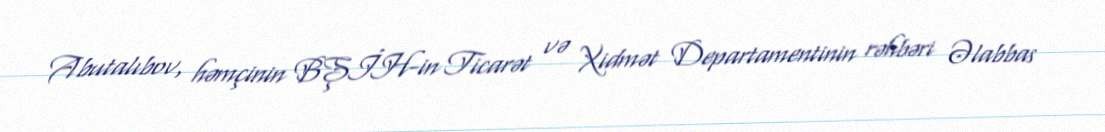
Abutalıbov, həmçinin BŞİH-in Ticarət və Xidmət Departamentinin rəhbəri Əlabbas